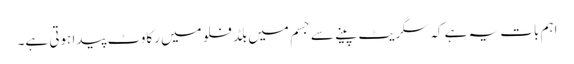
اہم بات یہ ہے کہ سگریٹ پینے سے جسم میں بلڈ فلو میں رکاوٹ پیدا ہوتی ہے۔